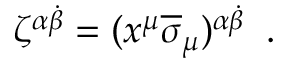
\zeta ^ { \alpha \dot { \beta } } = ( x ^ { \mu } \overline { { \sigma } } _ { \mu } ) ^ { \alpha \dot { \beta } } \; \; .